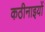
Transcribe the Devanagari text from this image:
कठीनाइयों